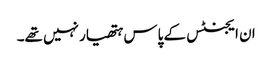
ان ایجنٹس کے پاس ہتھیار نہیں تھے۔